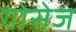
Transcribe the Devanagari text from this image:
गोसेज